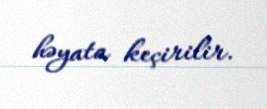
həyata keçirilir.